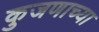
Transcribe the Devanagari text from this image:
कुजणाच्या